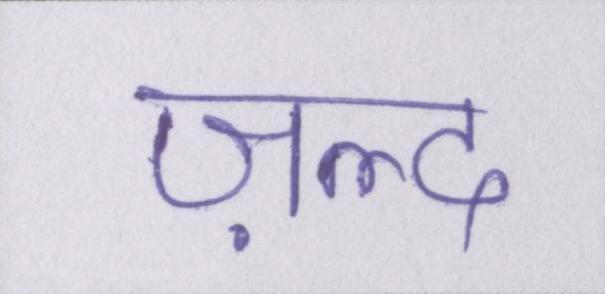
ज़ल्द